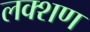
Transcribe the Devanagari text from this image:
लक्शण